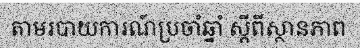
តាមរបាយការណ៍ប្រចាំឆ្នាំ ស្តីពីស្ថានភាព